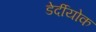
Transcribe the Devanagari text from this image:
डेर्दीयोक